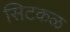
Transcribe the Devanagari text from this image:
सिटकळ